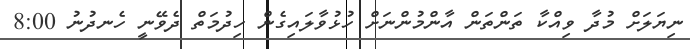
ނިޔަލަށް މުދާ ވިއްކާ ތަންތަން އާންމުންނަށް ހުޅުވާލައިގެން ހިދުމަތް ދެވޭނީ ހެނދުނު 8:00